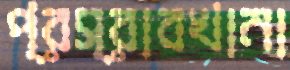
প্রস্রাবখানা